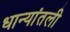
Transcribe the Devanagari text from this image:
धान्यांतली